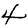
Digit: 4